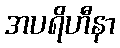
အပရိဟီနာ